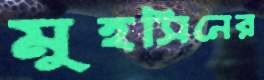
মুহসিনের